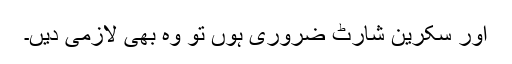
اور سکرین شارٹ ضروری ہوں تو وہ بھی لازمی دیں۔